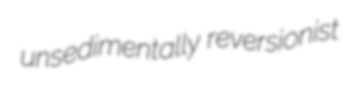
unsedimentally reversionist